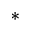
^ *